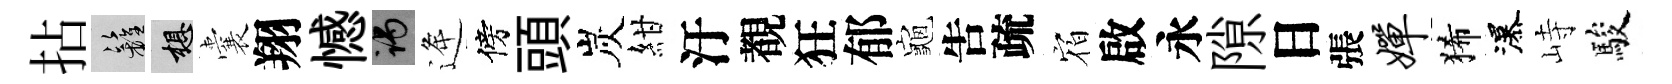
拈籬想囊翔憾谒逄傍頭炭紺汙覩狂郁龜吿疏𪧐啟永隙日張婵狶瀑峙駿